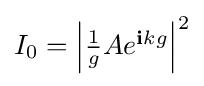
{\textstyle I_{0}=\left|{\frac {1}{g}}Ae^{\mathbf {i} kg}\right|^{2}}